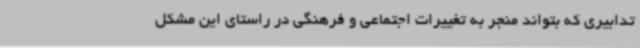
تدابیری که بتواند منجر به تغییرات اجتماعی و فرهنگی در راستای این مشکل